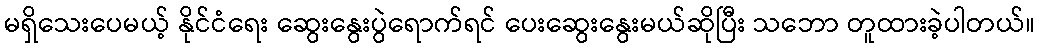
မရှိသေးပေမယ့် နိုင်ငံရေး ဆွေးနွေးပွဲရောက်ရင် ပေးဆွေးနွေးမယ်ဆိုပြီး သဘော တူထားခဲ့ပါတယ်။